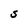
Character: S